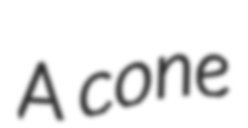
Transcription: A cone